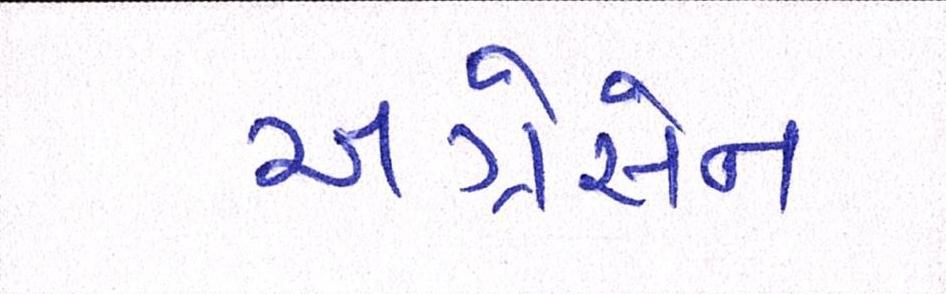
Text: અગ્રેસેન